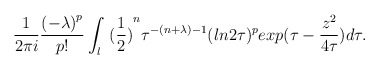
\begin{align*}\frac{1}{ 2\pi i} \frac{{(-\lambda )}^p}{p!} \int_l {\ (\frac{1}{2} )}^n\tau ^{-( n +\lambda )-1} (ln 2\tau)^p exp( \tau- \frac{ z^2}{4\tau} ) d\tau. \end{align*}